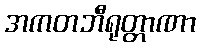
အကတဘီရုတ္တာဏာ